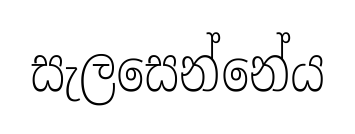
සැලසෙන්නේය